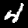
Label: 4